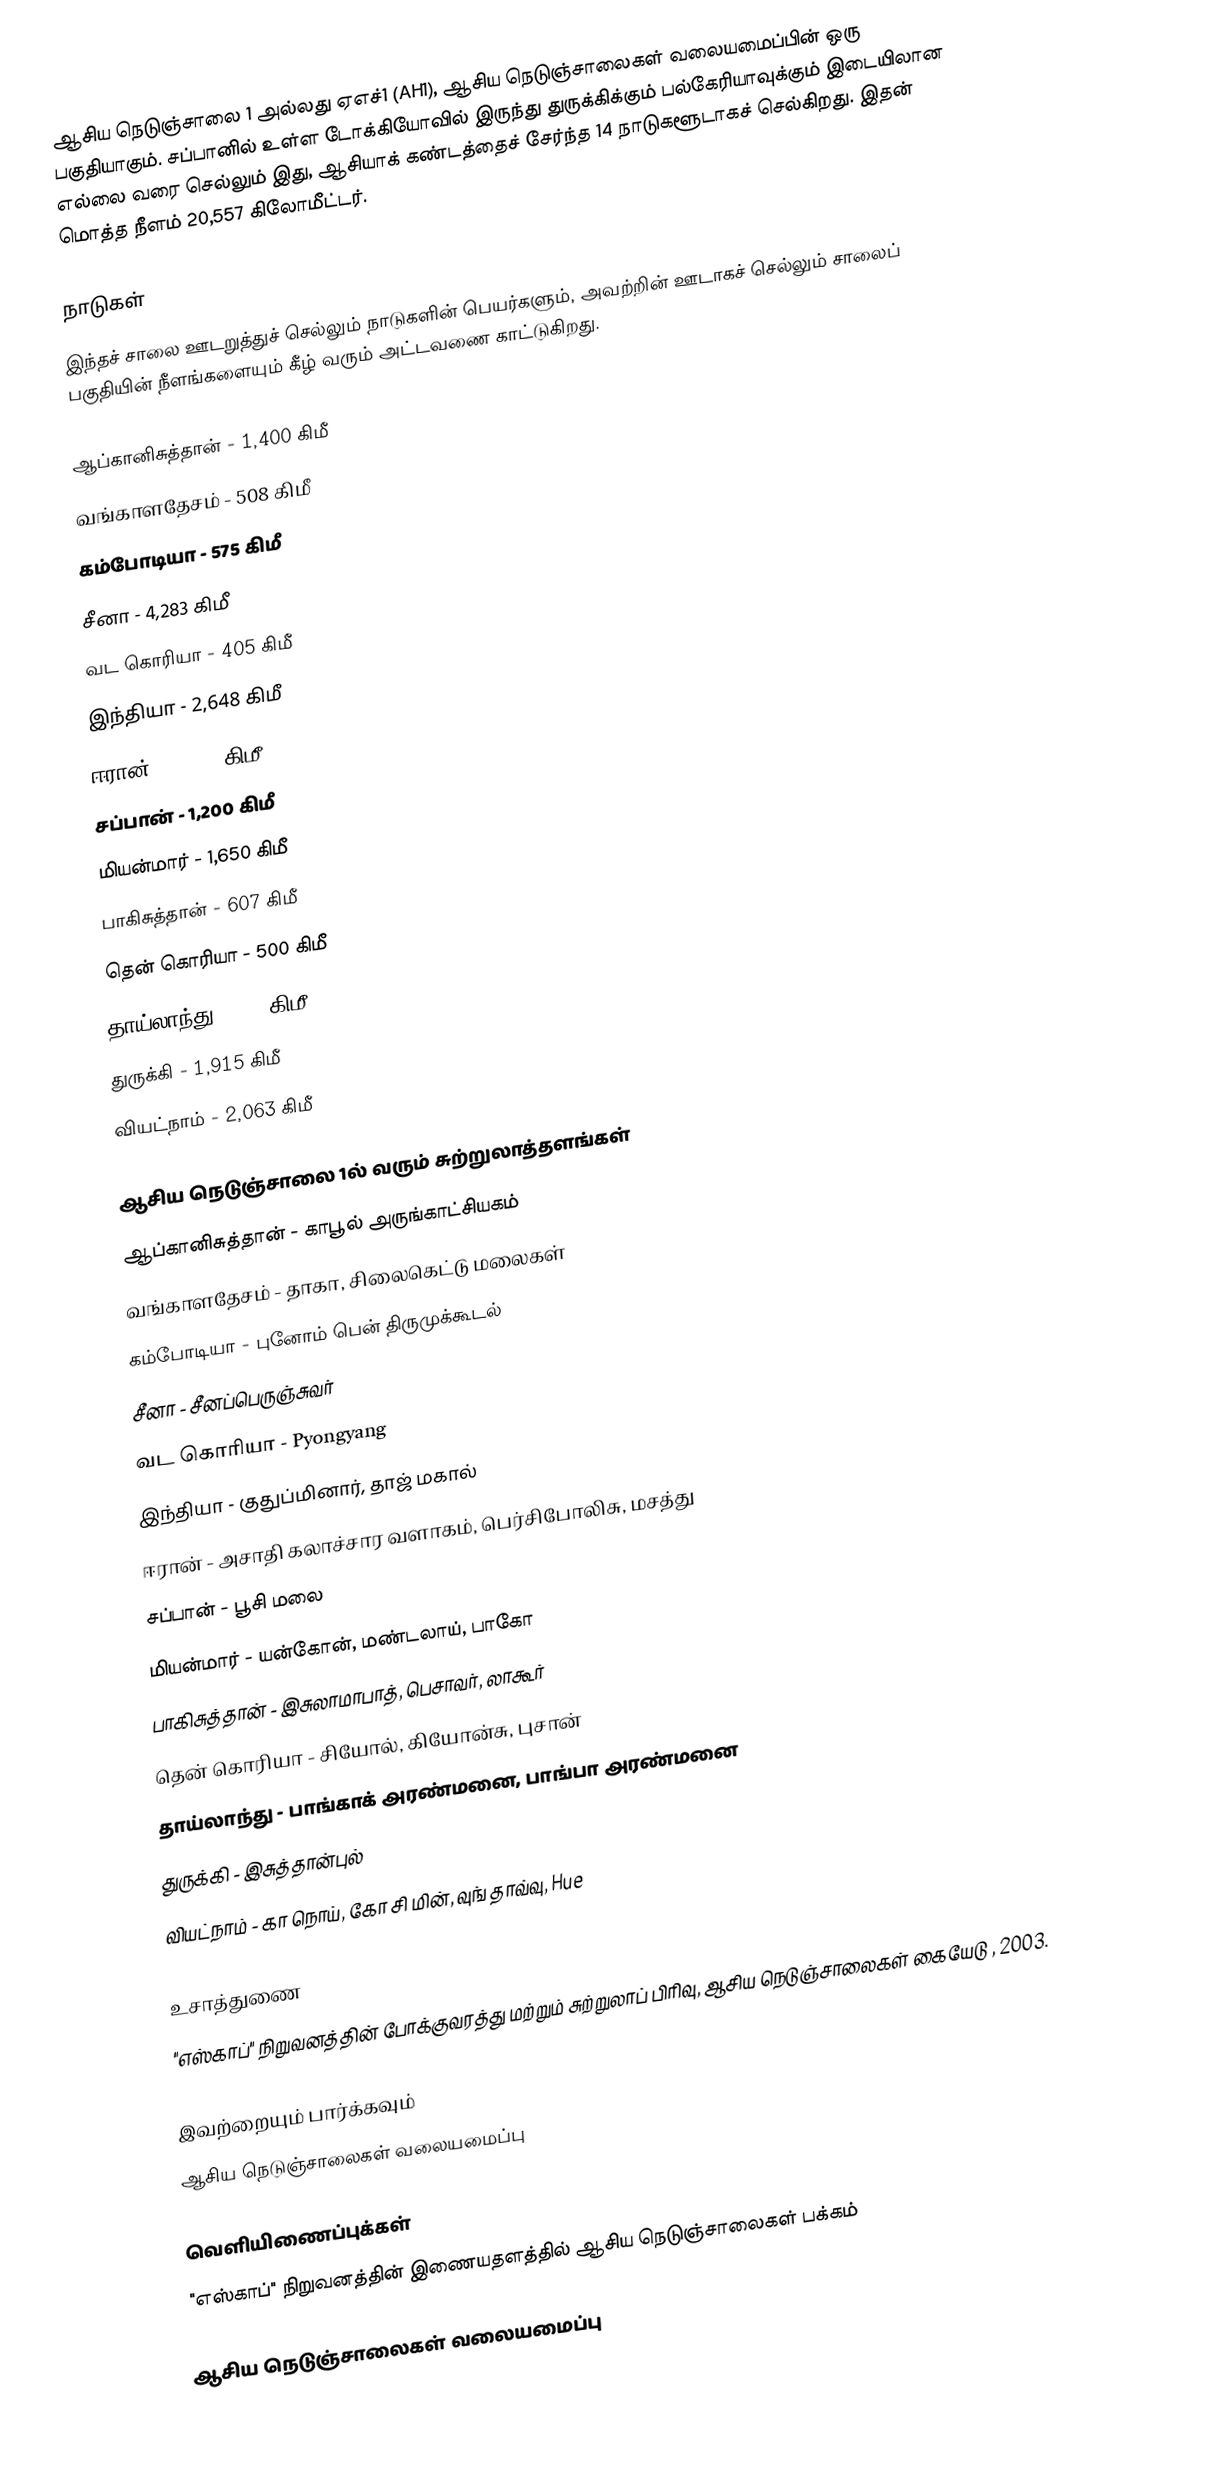
ஆசிய நெடுஞ்சாலை 1 அல்லது ஏஎச்1 (AH1), ஆசிய நெடுஞ்சாலைகள் வலையமைப்பின் ஒரு பகுதியாகும். சப்பானில் உள்ள டோக்கியோவில் இருந்து துருக்கிக்கும் பல்கேரியாவுக்கும் இடையிலான எல்லை வரை செல்லும் இது, ஆசியாக் கண்டத்தைச் சேர்ந்த 14 நாடுகளூடாகச் செல்கிறது. இதன் மொத்த நீளம் 20,557 கிலோமீட்டர்.

நாடுகள்
இந்தச் சாலை ஊடறுத்துச் செல்லும் நாடுகளின் பெயர்களும், அவற்றின் ஊடாகச் செல்லும் சாலைப் பகுதியின் நீளங்களையும் கீழ் வரும் அட்டவணை காட்டுகிறது.

 ஆப்கானிசுத்தான் - 1,400 கிமீ
 வங்காளதேசம் - 508 கிமீ
 கம்போடியா - 575 கிமீ
 சீனா - 4,283 கிமீ
 வட கொரியா - 405 கிமீ
 இந்தியா - 2,648 கிமீ
 ஈரான் - 2,103 கிமீ
 சப்பான் - 1,200 கிமீ
 மியன்மார் - 1,650 கிமீ
 பாகிசுத்தான் - 607 கிமீ
 தென் கொரியா - 500 கிமீ
 தாய்லாந்து - 701 கிமீ
 துருக்கி - 1,915 கிமீ
 வியட்நாம் - 2,063 கிமீ

ஆசிய நெடுஞ்சாலை 1ல் வரும் சுற்றுலாத்தளங்கள்
 ஆப்கானிசுத்தான் - காபூல் அருங்காட்சியகம்
 வங்காளதேசம் - தாகா, சிலைகெட்டு மலைகள்
 கம்போடியா - புனோம் பென் திருமுக்கூடல்
 சீனா - சீனப்பெருஞ்சுவர்
 வட கொரியா - Pyongyang
 இந்தியா - குதுப்மினார், தாஜ் மகால்
 ஈரான் - அசாதி கலாச்சார வளாகம், பெர்சிபோலிசு, மசத்து
 சப்பான் - பூசி மலை
 மியன்மார் - யன்கோன், மண்டலாய், பாகோ
 பாகிசுத்தான் - இசுலாமாபாத், பெசாவர், லாகூர்
 தென் கொரியா - சியோல், கியோன்சு, புசான்
 தாய்லாந்து - பாங்காக் அரண்மனை, பாங்பா அரண்மனை
 துருக்கி - இசுத்தான்புல்
 வியட்நாம் - கா நொய், கோ சி மின், வுங் தாவ்வு, Hue

உசாத்துணை
 "எஸ்காப்" நிறுவனத்தின் போக்குவரத்து மற்றும் சுற்றுலாப் பிரிவு, ஆசிய நெடுஞ்சாலைகள் கையேடு , 2003.

இவற்றையும் பார்க்கவும்
 ஆசிய நெடுஞ்சாலைகள் வலையமைப்பு

வெளியிணைப்புக்கள்
 "எஸ்காப்" நிறுவனத்தின் இணையதளத்தில் ஆசிய நெடுஞ்சாலைகள் பக்கம்

ஆசிய நெடுஞ்சாலைகள் வலையமைப்பு